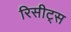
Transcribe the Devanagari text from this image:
रिसीट्स